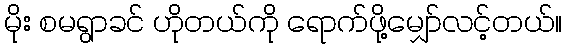
မိုး စမရွာခင် ဟိုတယ်ကို ရောက်ဖို့မျှော်လင့်တယ်။